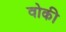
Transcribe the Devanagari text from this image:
वोकी